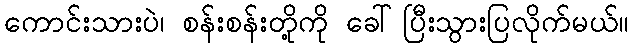
ကောင်းသားပဲ၊ စန်းစန်းတို့ကို ခေါ်ပြီးသွားပြလိုက်မယ်။